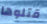
قتلوها